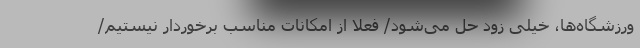
ورزشگاه‌ها، خیلی زود حل می‌شود/ فعلا از امکانات مناسب برخوردار نیستیم/